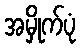
အမှိုက်ပုံ